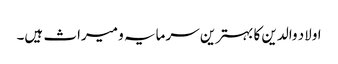
اولاد والدین کا بہترین سرمایہ و میراث ہیں۔